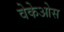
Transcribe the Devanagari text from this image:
वेकेओस